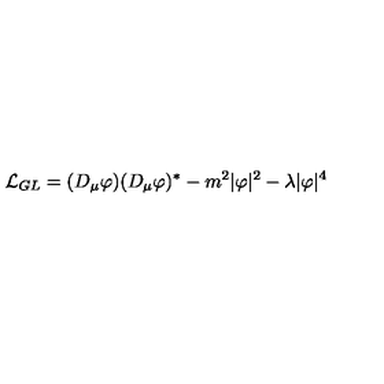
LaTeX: { \cal L } _ { G L } = ( D _ { \mu } \varphi ) ( D _ { \mu } \varphi ) ^ { \ast } - m ^ { 2 } | \varphi | ^ { 2 } - \lambda | \varphi | ^ { 4 }